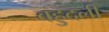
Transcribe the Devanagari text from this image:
बहुदली